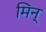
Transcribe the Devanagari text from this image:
मिन्‌